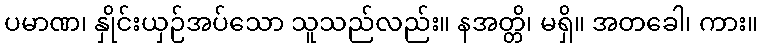
ပမာဏ၊ နှိုင်းယှဉ်အပ်သော သူသည်လည်း။ နအတ္တိ၊ မရှိ။ အတခေါ၊ ကား။